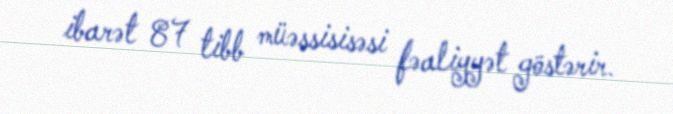
ibarət 87 tibb müəssisisəsi fəaliyyət göstərir.